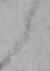
と